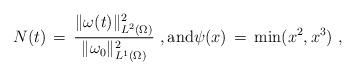
LaTeX: \begin{align*} N(t) \,=\, \frac{\|\omega(t)\|_{L^2(\Omega)}^2}{\|\omega_0\|_{ L^1(\Omega)}^2}~, \hbox{and}\psi(x) \,=\, \min(x^2,x^3)~,\end{align*}